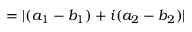
= | ( a _ { 1 } - b _ { 1 } ) + i ( a _ { 2 } - b _ { 2 } ) |